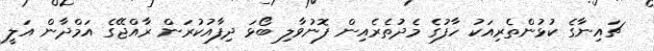
ޗައިނާގެ ކުޅުންތެރިއަކު ހާފުގެ މެދުތެރެއިން ފޮނުވާލި ބޯޅަ ދިފާއުކުރަން ރާއްޖޭގެ އަމްދާން އަލީ